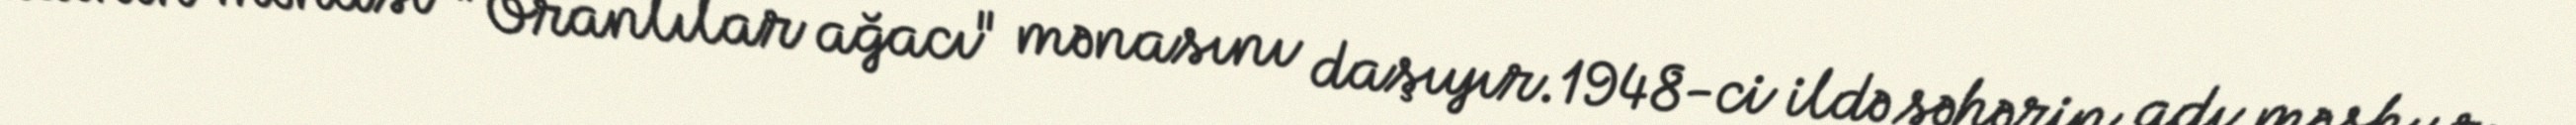
adının mənası "Oranlılar ağacı" mənasını daşıyır.1948-ci ildə şəhərin adı məşhur